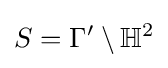
S=\Gamma '\setminus \mathbb {H} ^{2}